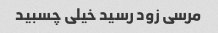
مرسی زود رسید خیلی چسبید